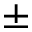
\pm